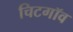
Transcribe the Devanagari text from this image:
चिटगॉव